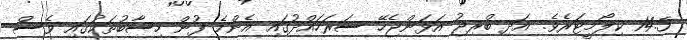
14.5 ކިލޯމީޓަރެވެ. އަދި ބްރިޖު އަޅަންޖެހޭ ސަރަހައްދުގައި އެންމެ ފުން ހިސާބުތަކުގައި ވެސް